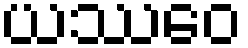
ယဿေဝ